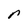
Character: r